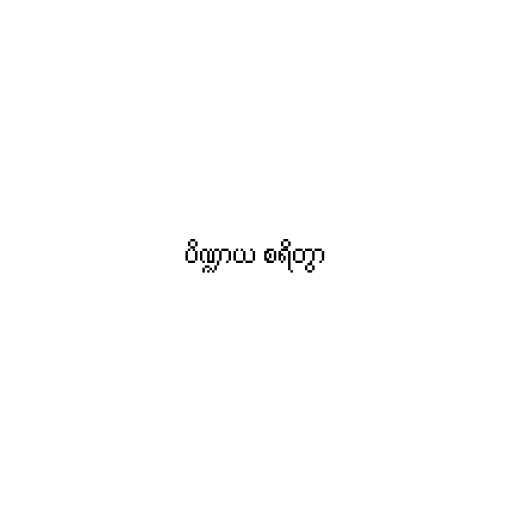
ပိဏ္ဍာယ စရိတွာ